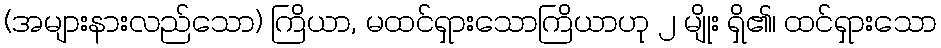
(အများနားလည်သော) ကြိယာ, မထင်ရှားသောကြိယာဟု ၂ မျိုး ရှိ၏၊ ထင်ရှားသော